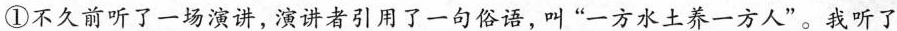
①不久前听了一场演讲，演讲者引用了一句俗语，叫“一方水土养一方人”。我听了